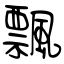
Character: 飄